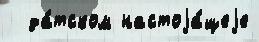
  да́тском настоjа́щеjе